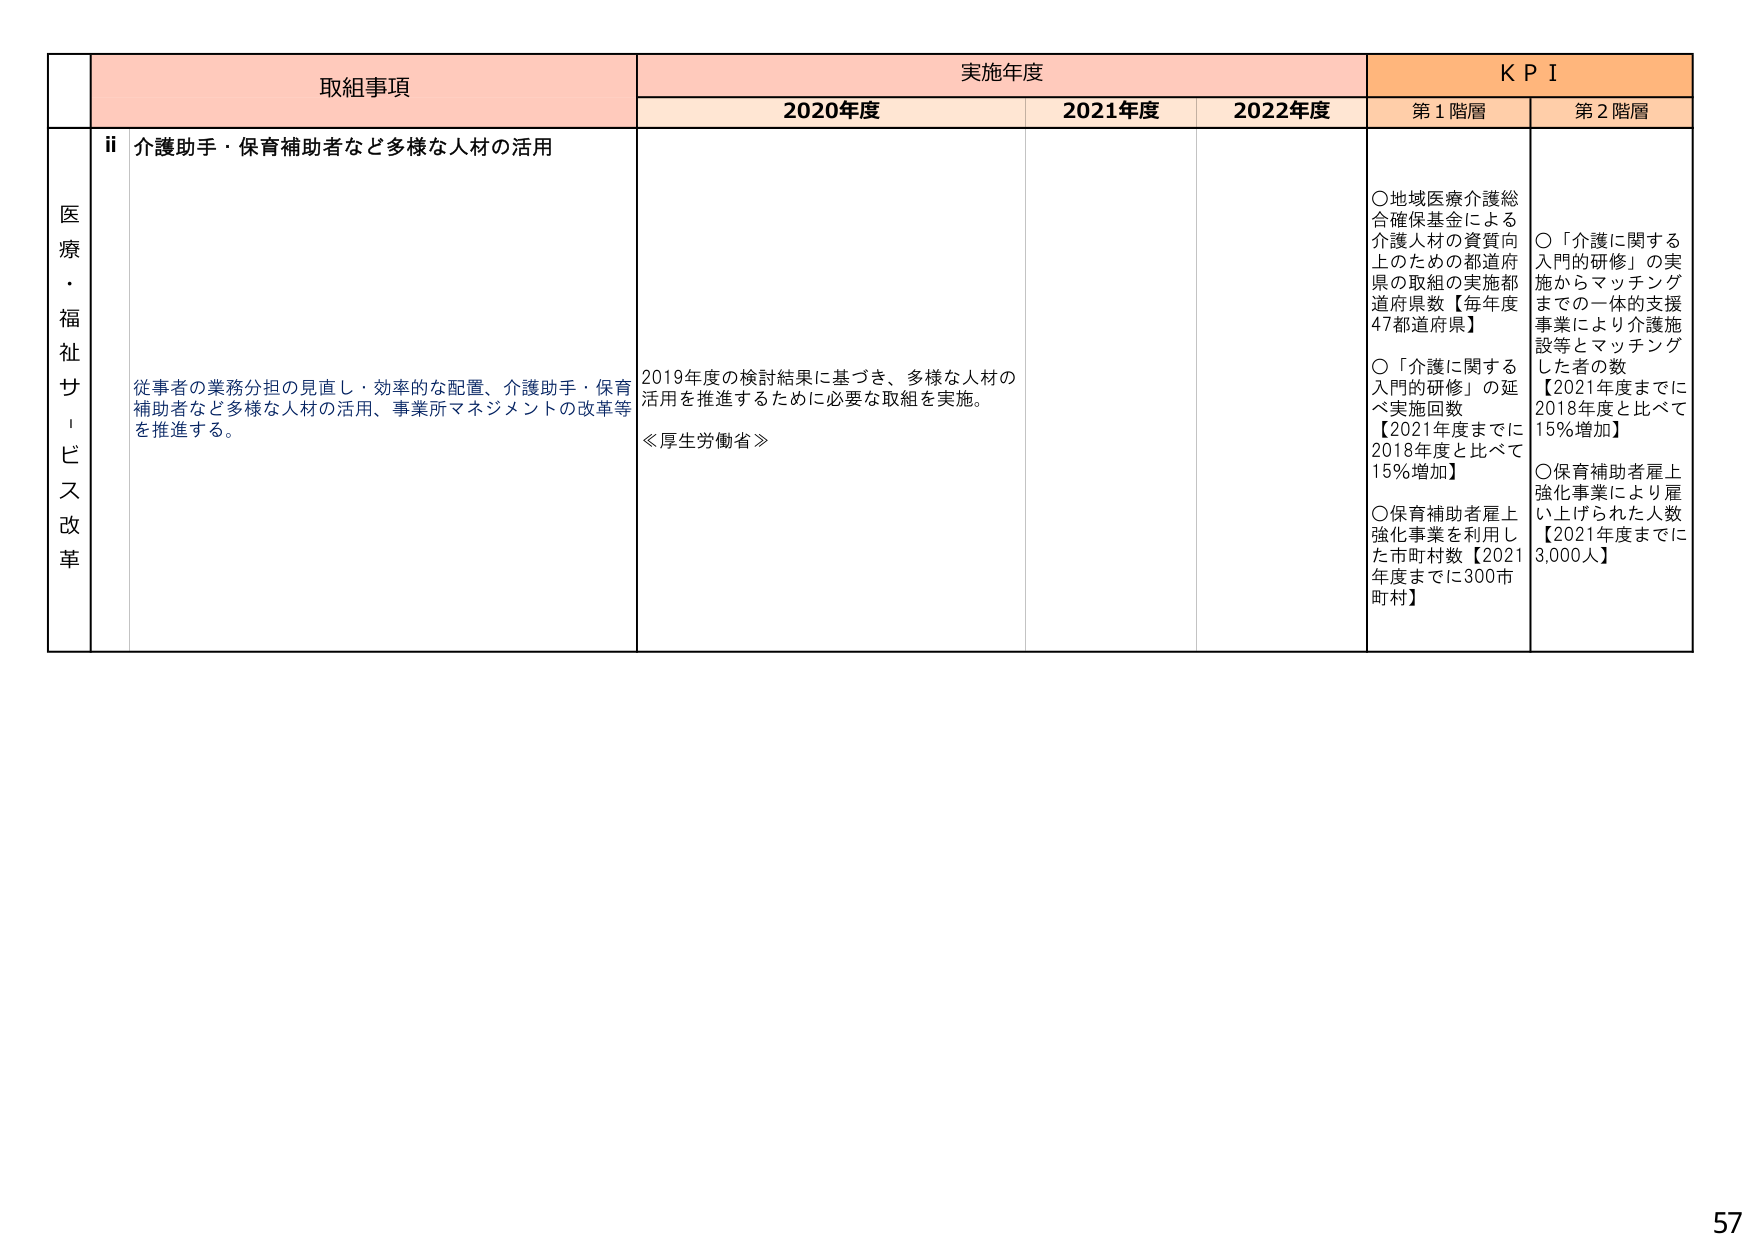
医療・福祉サービス改革

取組事項
ii 介護助手・保育補助者など多様な人材の活用
従事者の業務分担の見直し・効率的な配置、介護助手・保育補助者など多様な人材の活用、事業所マネジメントの改革等を推進する。

実施年度
2020年度
2021年度
2022年度
2019年度の検討結果に基づき、多様な人材の活用を推進するために必要な取組を実施。
≪厚生労働省≫

KPI
第1階層
○地域医療介護総合確保基金による介護人材の資質向上のための都道府県の取組の実施都道府県数【毎年度47都道府県】
○「介護に関する入門的研修」の延べ実施回数【2021年度までに2018年度と比べて15%増加】
○保育補助者雇上強化事業を利用した市町村数【2021年度までに300市町村】

第2階層
○「介護に関する入門的研修」の実施からマッチングまでの一貫的支援事業により介護施設等とマッチングした者の数【2021年度までに2018年度と比べて15%増加】
○保育補助者雇上強化事業により雇い上げられた人数【2021年度までに3,000人】

57